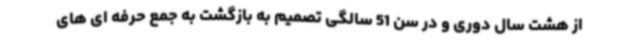
از هشت سال دوری و در سن 51 سالگی تصمیم به بازگشت به جمع حرفه ای های